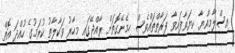
އިސްލާމިއްޔާ ކިޔަވާފައިވާ ފަރާތްތައްވެސް ހިމެނޭގޮތަށް ރާއްޖޭގައި މިހާރު ވަކާލާތު ކުރަމުގެ ހުއްދަ އޮތް